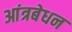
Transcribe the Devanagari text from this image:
आंत्रबेधन